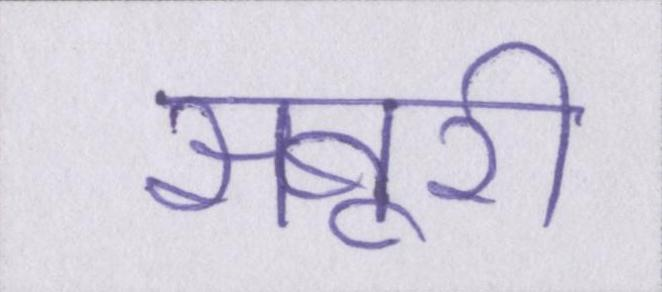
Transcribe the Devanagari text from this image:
सबूरी